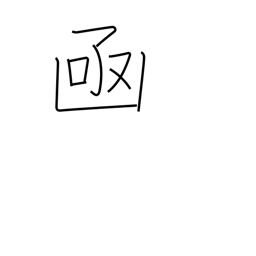
Meaning: box